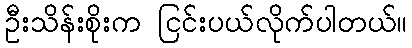
ဦးသိန်းစိုးက ငြင်းပယ်လိုက်ပါတယ်။